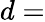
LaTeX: d=